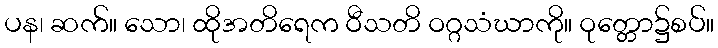
ပန၊ ဆက်။ သော၊ ထိုအတိရေက ဝီသတိ ဝဂ္ဂသံဃာကို။ ဝုတ္တော၌စပ်။